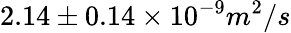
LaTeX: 2.14\pm 0.14\times 10^{-9}m^{2}/s